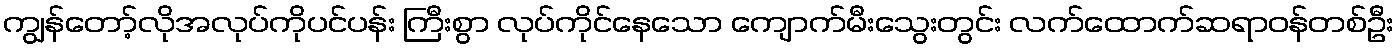
ကျွန်တော့်လိုအလုပ်ကိုပင်ပန်း ကြီးစွာ လုပ်ကိုင်နေသော ကျောက်မီးသွေးတွင်း လက်ထောက်ဆရာဝန်တစ်ဦး